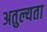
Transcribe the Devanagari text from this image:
अतुल्यता